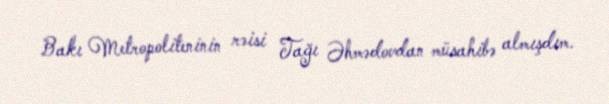
Bakı Metropoliteninin rəisi Tağı Əhmədovdan müsahibə almışdım.